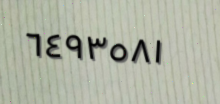
٦٤٩٣٥٨١